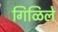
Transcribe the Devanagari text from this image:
गिळिले